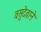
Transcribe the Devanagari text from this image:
वसुदेवाने